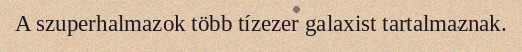
A szuperhalmazok több tízezer galaxist tartalmaznak.